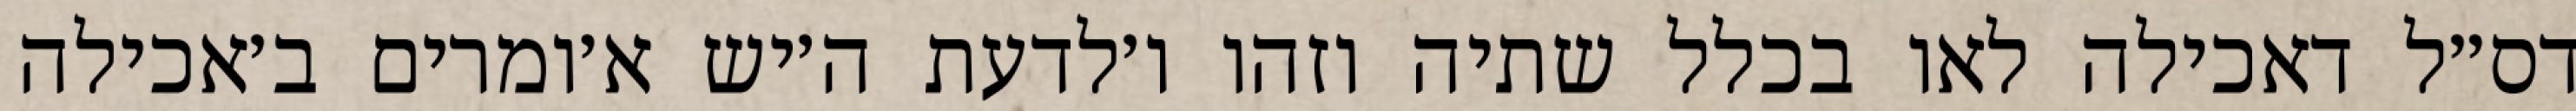
דס״ל דאכילה לאו בכלל שתיה וזהו ו׳לדעת ה׳יש א׳ומרים ב׳אכילה